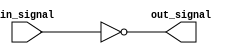
module cmos_not_gate (
    input wire in_signal,
    output reg out_signal
);

assign out_signal = ~in_signal;

endmodule